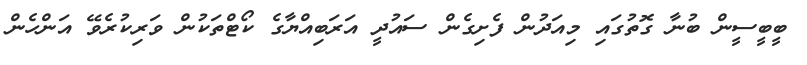
ބީބީސީން ބުނާ ގޮތުގައި މިއަދުން ފެށިގެން ސައުދީ އަރަބިއްޔާގެ ކޯޓްތަކުން ވަރިކުރެވޭ އަންހެން